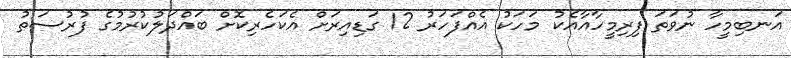
އަނބިމީހާ ނުވަތަ ފިރިމީހާއާއެކު މަހަކު އެއްފަހަރު 12 ގަޑިއިރަށް އެކަހެރިކޮށް ބައްދަލުކުރުމުގެ ފުރުސަތު